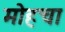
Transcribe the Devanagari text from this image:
मोहचा